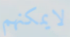
لايمكنهم